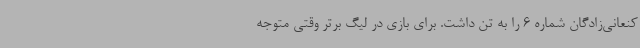
کنعانی‌زادگان شماره 6 را به تن داشت. برای بازی در لیگ برتر وقتی متوجه